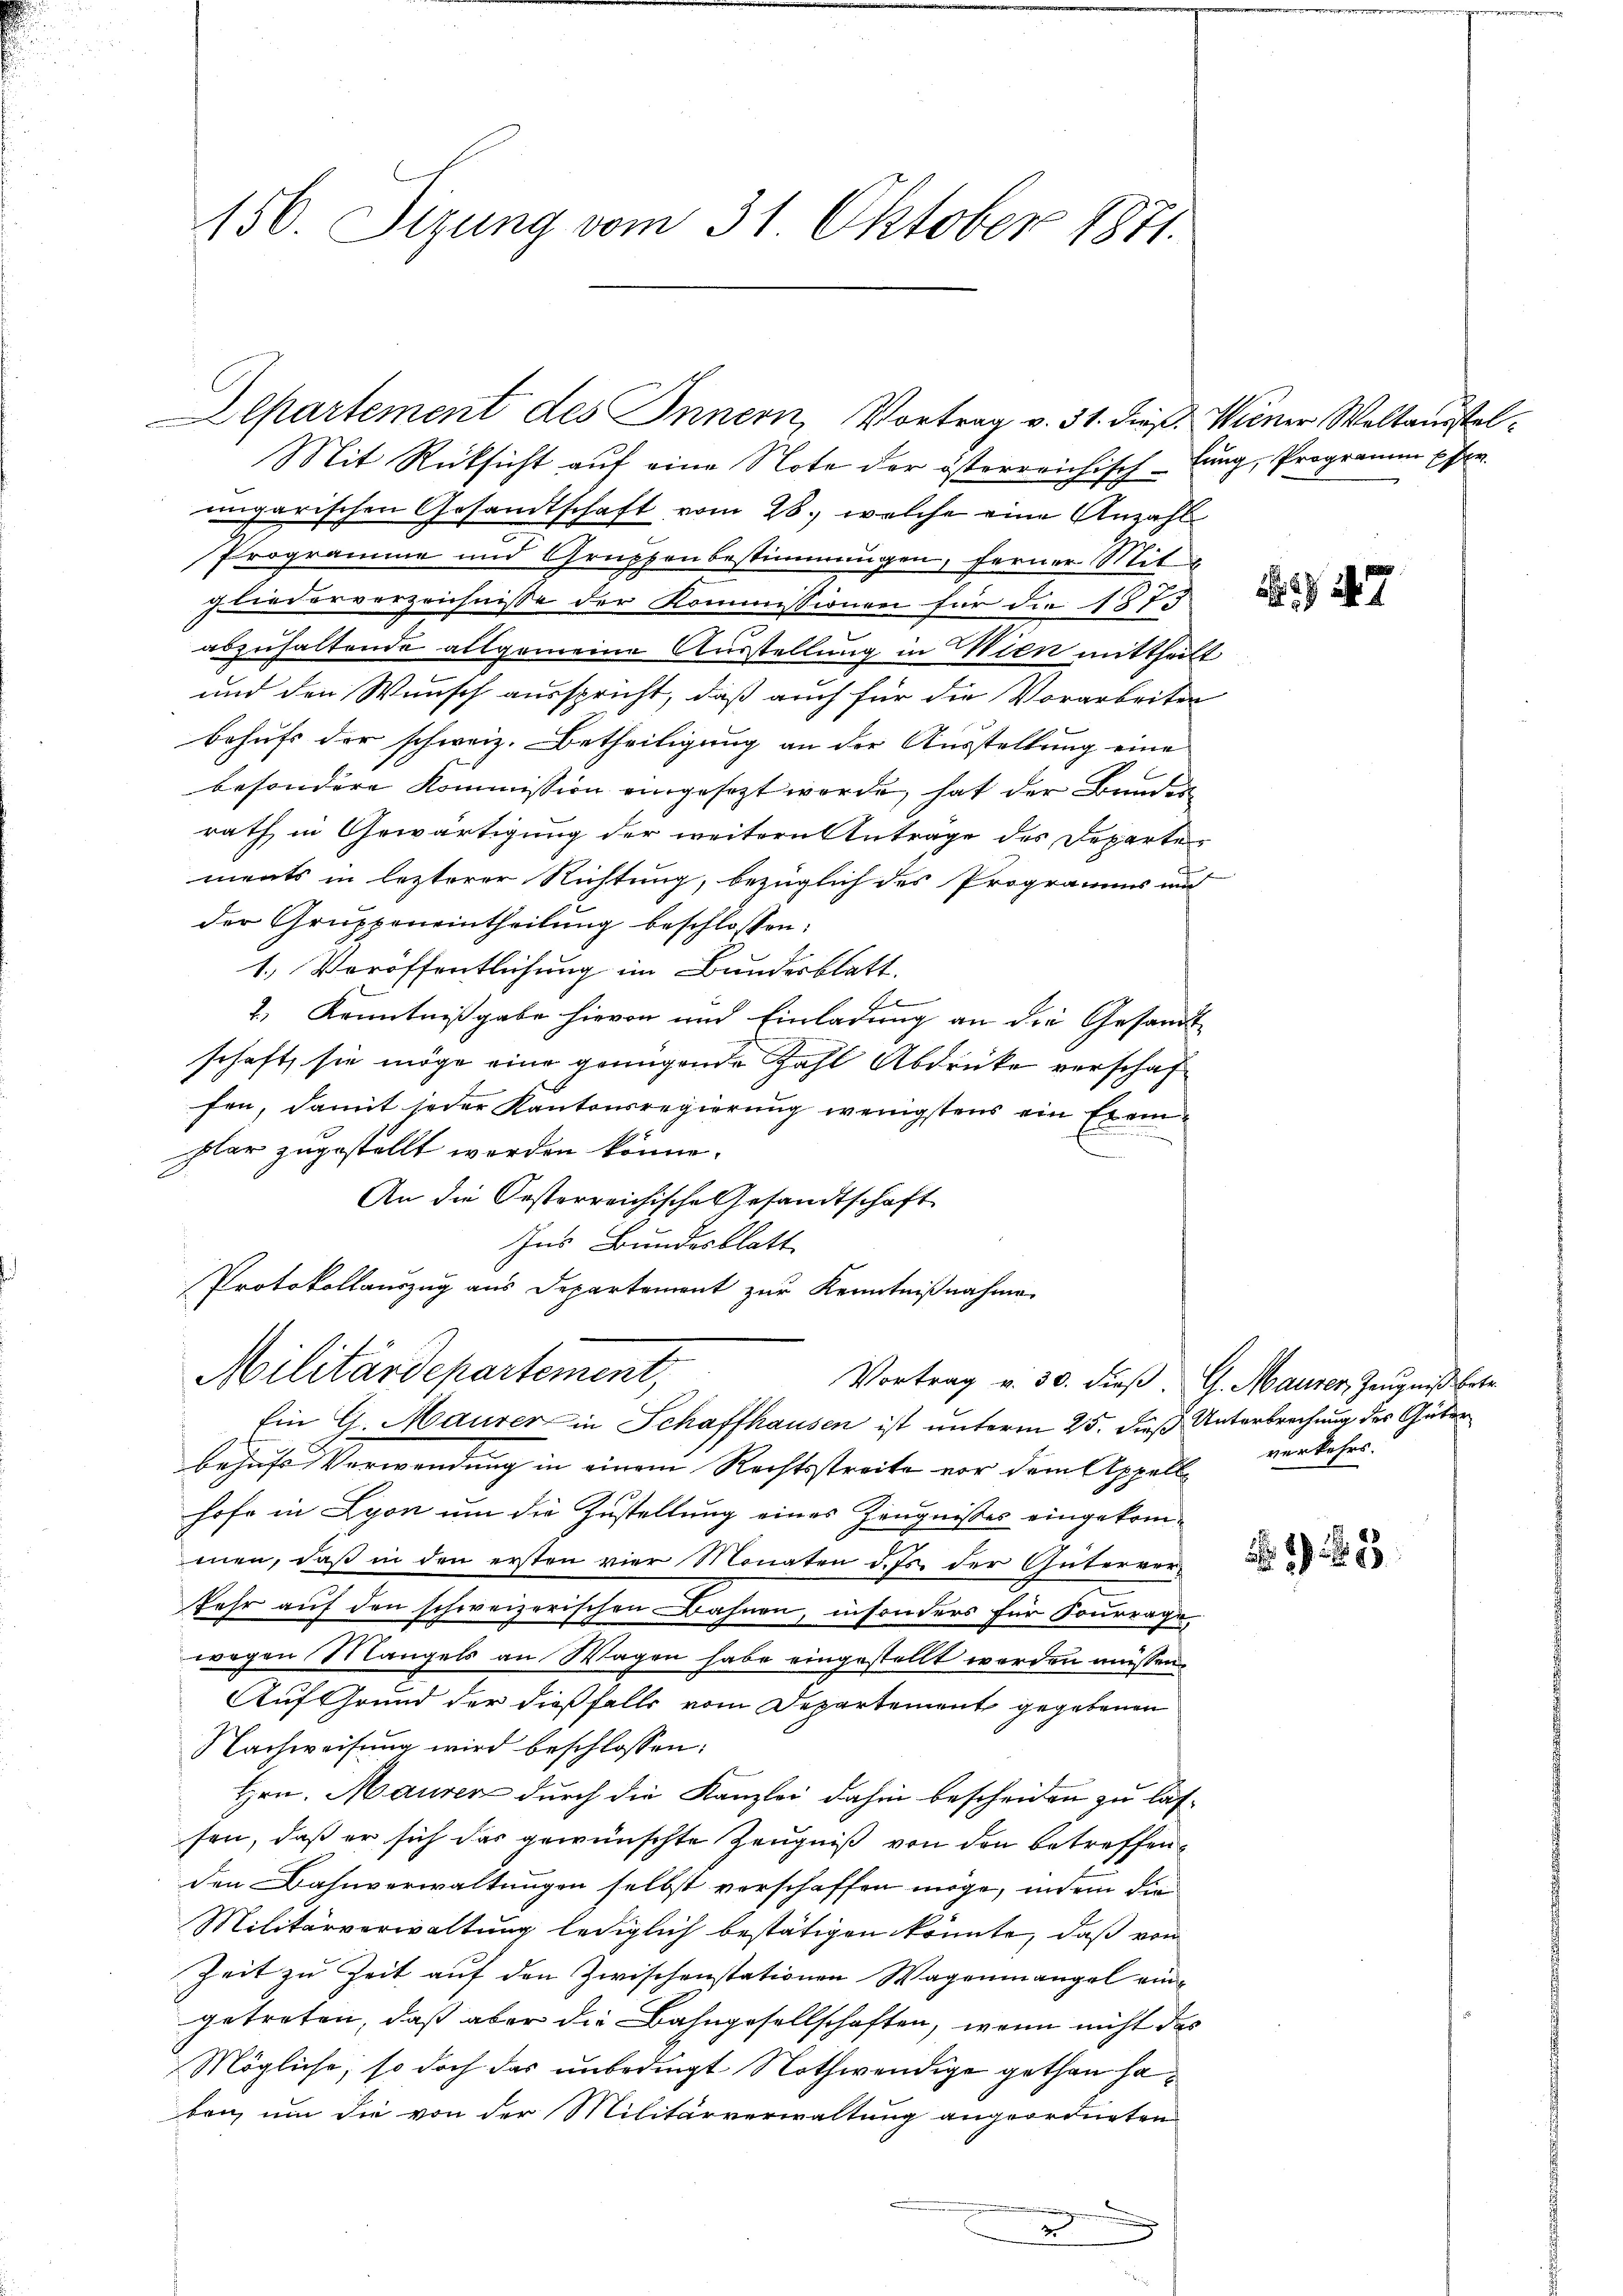
156. Sizung vom 31. Oktober 1871.

epartement des Innern, Vortrag v. 31. dieß. Weiner Weltausstel¬

Mit Rücksicht auf eine Note der österreichisch-lung, Programm pfer.
ungarischen Gesandtschaft vom 28.) welche eine Anzahl
Programme und Gruppenbestimmungen, ferner Mit
gliederverzeichnisse der Kommissionen für die 1873
abzuhaltende allgemeine Ausstellung in Wien mittheilt
und den Wunsch ausspricht, daß auch für die Vorarbeiten
behufs der schweiz. Betheiligung an der Ausstellung eine
besondere Kommission eingesezt werde, hat der Bunden
rath in Gewärtigung der weitern Anträge des Departe
ments in lezterer Richtung, bezüglich des Programm und
der Gruppeneintheilung beschlossen:
1.) Veröffentlichung im Bundesblatt.
1
2.) Kenntnißgabe hievon und Einladung an die Gesandt
schaft, sie möge eine genügende Zahl Abdrücke verschaf
fen, damit jeder Kantonsregierung wenigstens ein Exemklar zugestellt werden könne.
An die Oesterreichische Gesandtschaft
Ins Bundesblatt
Protokollauszug aus Departement zur Kenntnißnahme
Militärdepartement,
Vortrag v. 30. dieß. G. Maurer, Zeugniß betr.
Ein G. Maurer in Schaffhausen ist unterm 25. dieß Unterbrechung des Güter
behufs Verwendung in einem Rechtsstreite vor dem Appell verkehrs.
hofe in Lyon um die Zustellung eines Zeugnisses eingekommen, daß in den ersten vier Monaten d. Js. der Güterver-
kehr auf den schweizerischen Bahnen, insonders für Fourrage,
wegen Mangels an Wagen habe eingestellt werden müssen,
Auf Grund der dießfalls vom Departement gegebenen
Nachweisung wird beschlossen:
Hrn. Maurer durch die Kanzlei dahin bescheiden zu lassen, daß er sich das gewünschte Zeugniß von den betreffenden Bahnverwaltungen selbst verschaffen möge, indem die
Militärverwaltung lediglich bestätigen könnte, daß von
Zeit zu Zeit auf den Zwischenstationen Wagenmangel eingetreten, daß aber die Bahngesellschaften, wenn nicht das
Mögliche, so doch das unbedingt Nothwendige gethan haben, um die von der Militärverwaltung angeordneten
e
x

.

b

447